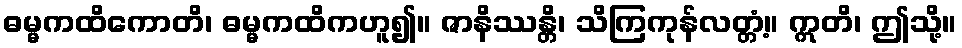
ဓမ္မကထိကောတိ၊ ဓမ္မကထိကဟူ၍။ ဇာနိဿန္တိ၊ သိကြကုန်လတ္တံ့။ ဣတိ၊ ဤသို့။